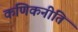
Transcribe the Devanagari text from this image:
कणिकनीति